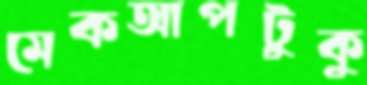
মেকআপটুকু